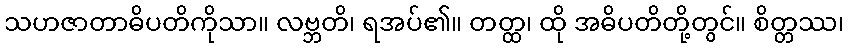
သဟဇာတာဓိပတိကိုသာ။ လဗ္ဘတိ၊ ရအပ်၏။ တတ္ထ၊ ထို အဓိပတိတို့တွင်။ စိတ္တဿ၊